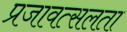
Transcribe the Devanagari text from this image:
प्रजावत्सलता